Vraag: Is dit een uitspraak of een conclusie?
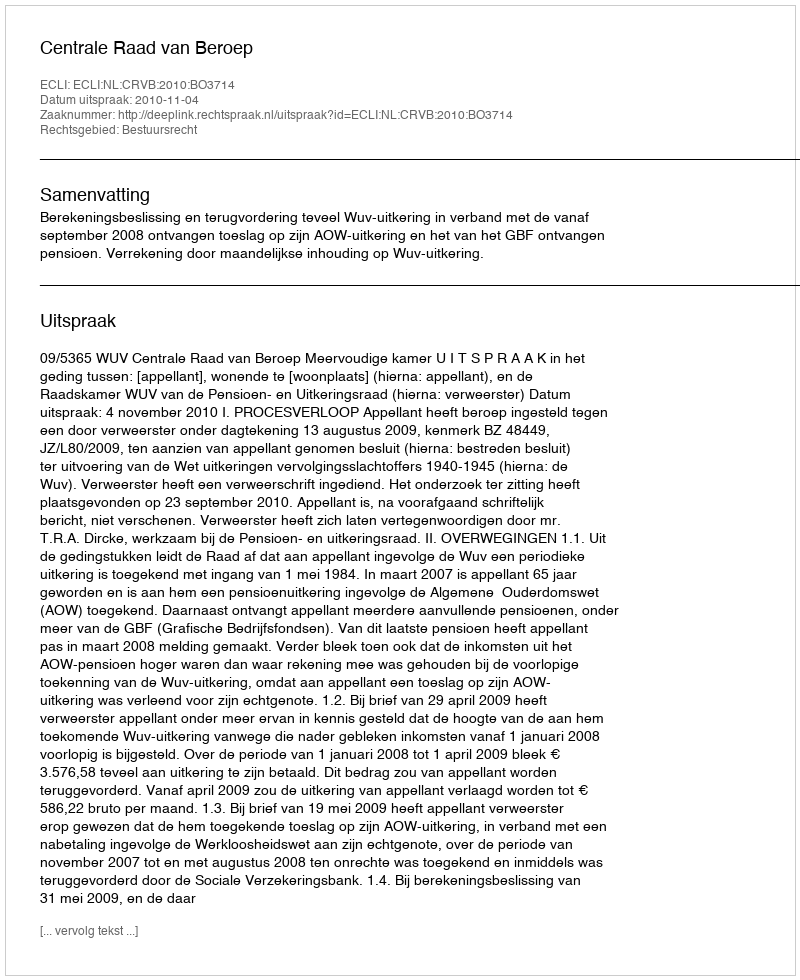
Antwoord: Uitspraak